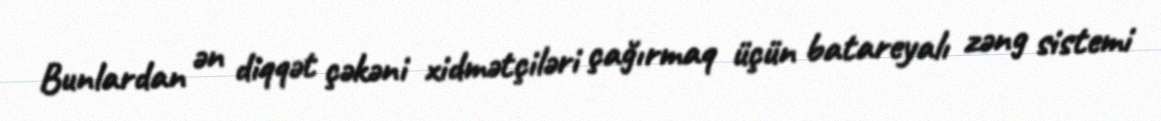
Bunlardan ən diqqət çəkəni xidmətçiləri çağırmaq üçün batareyalı zəng sistemi